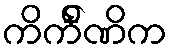
ကိင်္ကိဏိက